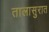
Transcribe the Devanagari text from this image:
तालासुरात